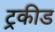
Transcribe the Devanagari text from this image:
ट्रकीड